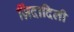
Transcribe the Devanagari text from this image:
ज़िंदादिली